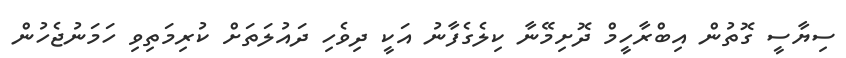
ސިޔާސީ ގޮތުން އިބްރާހީމް ދޮށިމޭނާ ކިލެގެފާނު އަކީ ދިވެހި ދައުލަތަށް ކުރިމަތިވި ހަމަނުޖެހުން